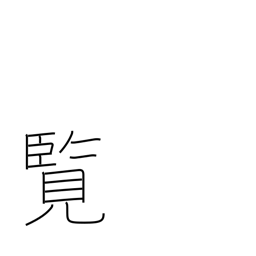
Meaning: perusal